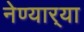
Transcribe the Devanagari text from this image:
नेण्यार्‍या